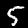
Label: 5